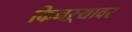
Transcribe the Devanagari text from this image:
किनऱ्यावर